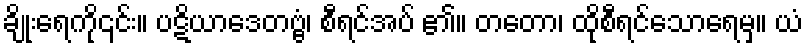
ချိုးရေကို၎င်း။ ပဋိယာဒေတဗ္ဗံ၊ စီရင်အပ် ၏။ တတော၊ ထိုစီရင်သောရေမှ။ ယံ